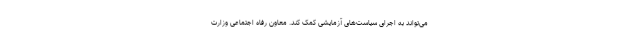
می‌تواند به اجرای سیاست‌های آزمایشی کمک کند. معاون رفاه اجتماعی وزارت